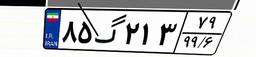
۸۵گ۲۱۳۷۹